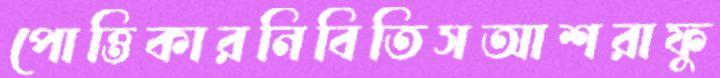
পোত্তিকারনিবিতিসআশরাফু